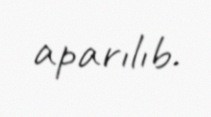
aparılıb.